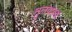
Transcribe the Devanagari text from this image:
मूलवाक्य